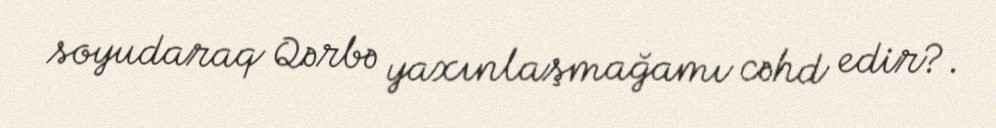
soyudaraq Qərbə yaxınlaşmağamı cəhd edir?.